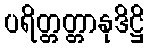
ပရိတ္တတ္တာနုဒိဋ္ဌိ